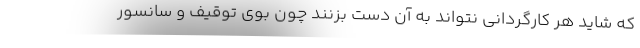
که شاید هر کارگردانی نتواند به آن دست بزنند چون بوی توقیف و سانسور